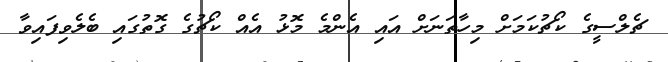
ޗެލްސީގެ ކޯޗުކަމަށް މިހާތަނަށް އައި އެންމެ މޮޅު އެއް ކޯޗުގެ ގޮތުގައި ބެލެވިފައިވާ